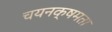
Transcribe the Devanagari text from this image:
चयनक्षमता